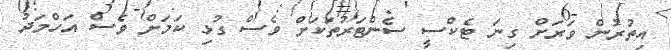
އިތުރުން ވަރަށް ގިނަ ޓެކްސީ ސެންޓަރުތަކަށް ވެސް ގުޅި ކަމަށް ވެސް އަހްމަދު